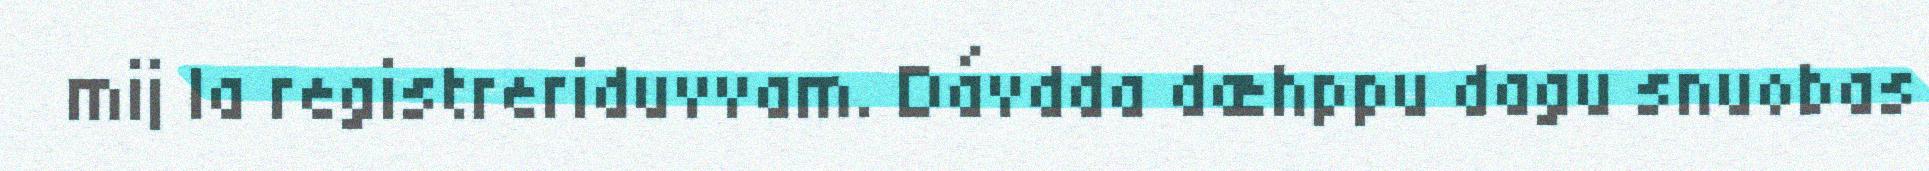
mij la registreriduvvam. Dávdda dæhppu dagu snuobas